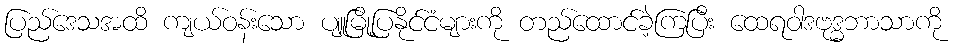
ပြည်ဒေသအထိ ကျယ်ဝန်းသော ပျူမြို့ပြနိုင်ငံများကို တည်ထောင်ခဲ့ကြပြီး ထေရဝါဒဗုဒ္ဓဘာသာကို